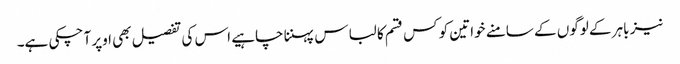
نیز باہر کے لوگوں کے سامنے خواتین کو کس قسم کا لباس پہننا چاہیے اس کی تفصیل بھی اوپر آ چکی ہے۔